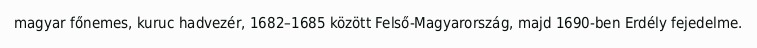
magyar főnemes, kuruc hadvezér, 1682–1685 között Felső-Magyarország, majd 1690-ben Erdély fejedelme.